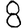
Digit: 8